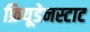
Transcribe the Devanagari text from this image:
फ्रियूडेनस्टाट